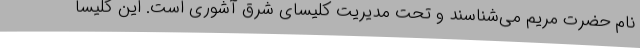
نام حضرت مریم می‌شناسند و تحت مدیریت کلیسای شرق آشوری است. این کلیسا